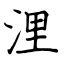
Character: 浬